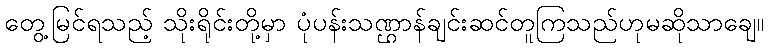
တွေ့မြင်ရသည့် သိုးရိုင်းတို့မှာ ပုံပန်းသဏ္ဌာန်ချင်းဆင်တူကြသည်ဟုမဆိုသာချေ။